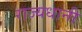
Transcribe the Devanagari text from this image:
राज्यधानी